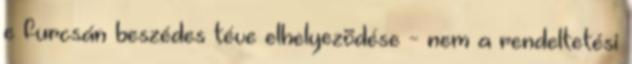
e furcsán beszédes téve elhelyezõdése - nem a rendeltetési